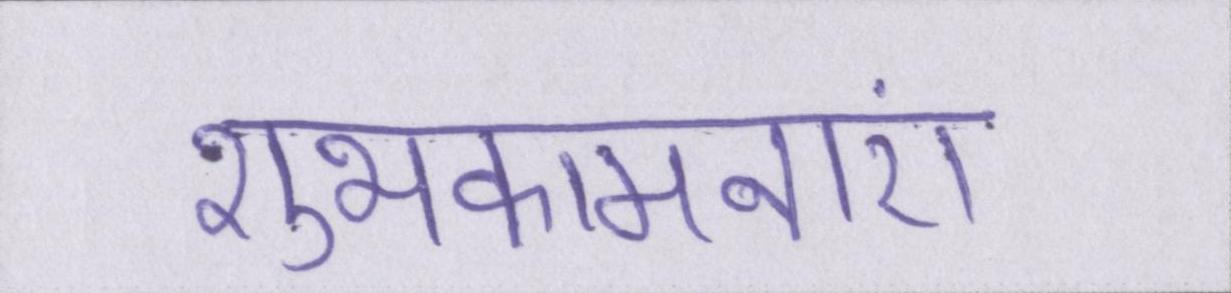
शुभकामनाएं